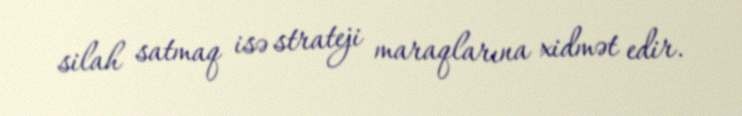
silah satmaq isə strateji maraqlarına xidmət edir.